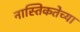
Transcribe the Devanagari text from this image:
नास्तिकतेच्या